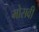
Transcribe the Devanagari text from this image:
मोसवी